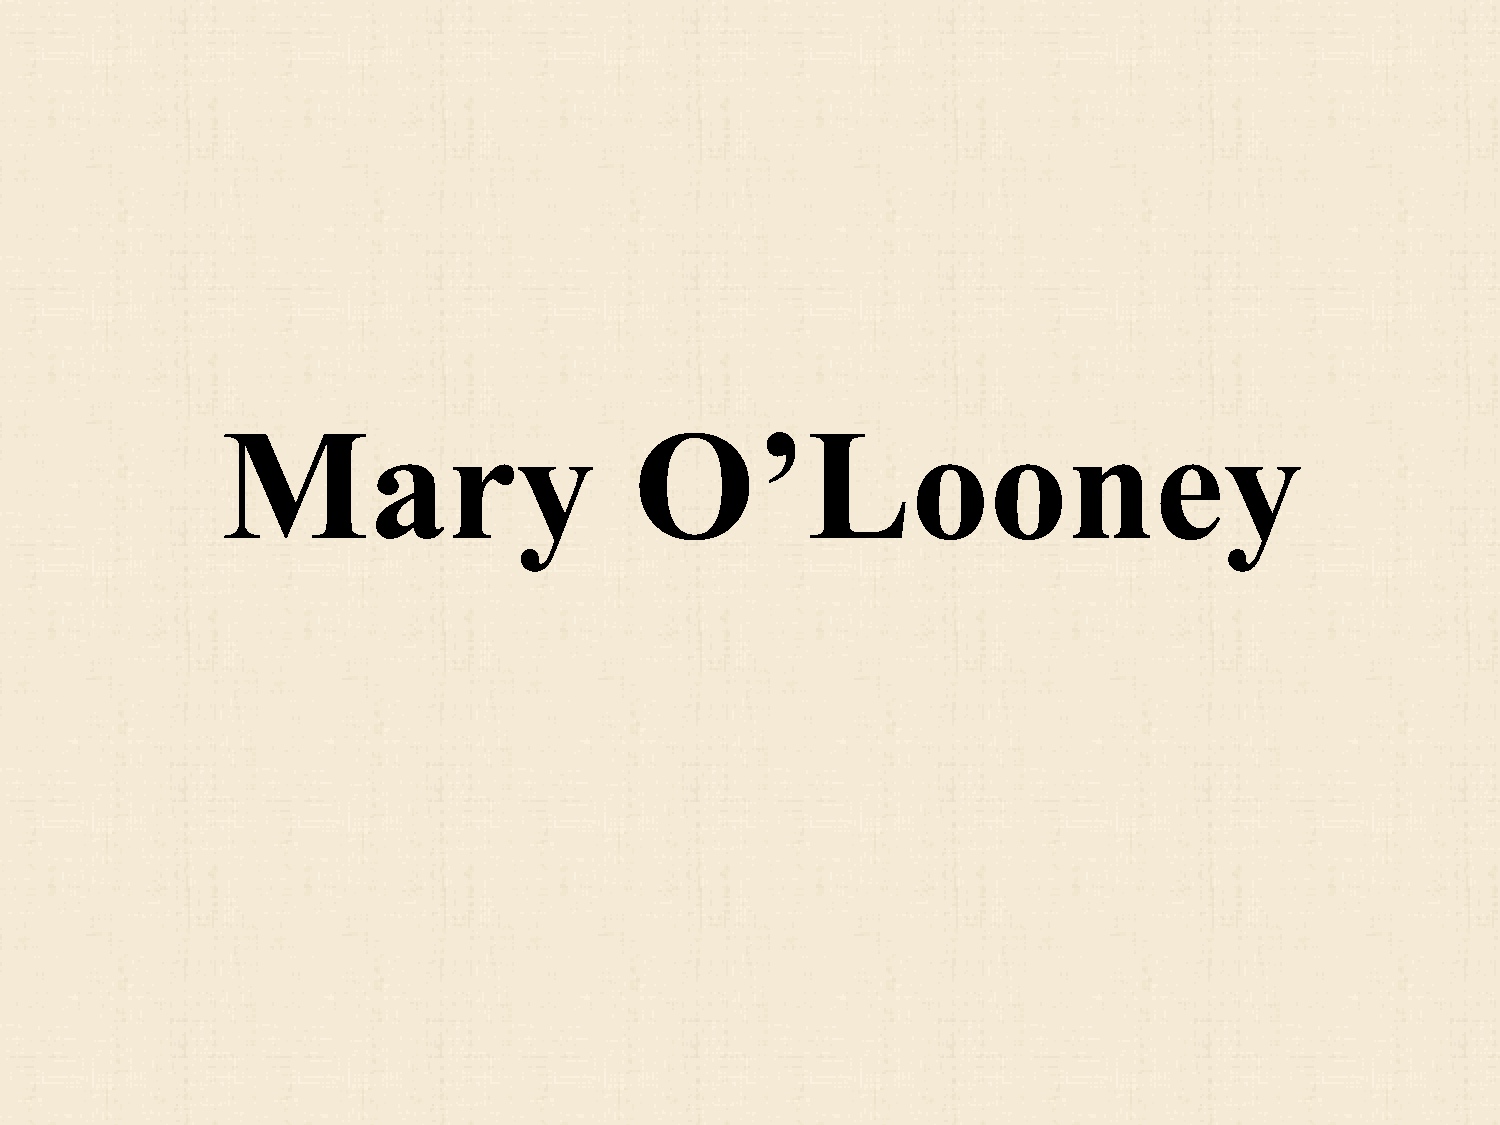
Mary                       O’Looney